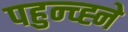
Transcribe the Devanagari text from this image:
पहुन्च्ह्ने